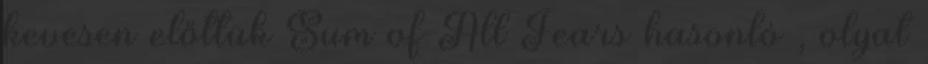
kevesen előttük Sum of All Fears hasonló , olyat